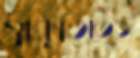
স্বীকৃতিতেও